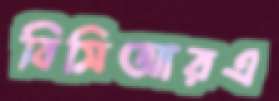
বিসিআরএ